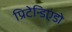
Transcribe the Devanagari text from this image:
प्रिटेन्डिएंडो